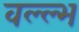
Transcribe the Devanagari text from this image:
वल्ल्भ